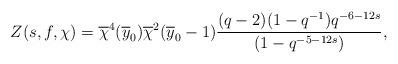
LaTeX: \begin{align*}Z(s,f,\chi)=\overline{\chi}^4(\overline{y}_0)\overline{\chi}^2(\overline{y}_0-1) \frac{(q-2)(1-q^{-1})q^{-6-12s}}{(1-q^{-5-12s})},\end{align*}